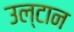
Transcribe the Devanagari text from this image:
उल्टान